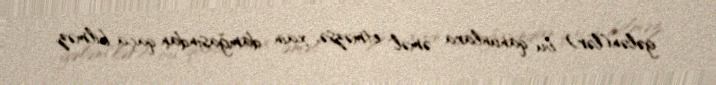
gələn(lər) bu qanunlara əməl etməzsə, xain damğasından qaça bilməz.